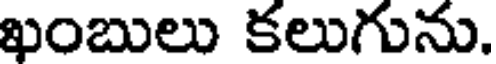
ఖంబులు కలుగును.